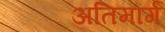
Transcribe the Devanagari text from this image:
अतिमार्ग